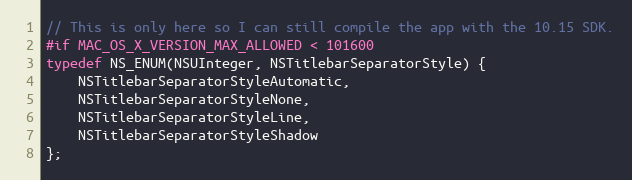
Language: C
// This is only here so I can still compile the app with the 10.15 SDK.
#if MAC_OS_X_VERSION_MAX_ALLOWED < 101600
typedef NS_ENUM(NSUInteger, NSTitlebarSeparatorStyle) {
    NSTitlebarSeparatorStyleAutomatic,
    NSTitlebarSeparatorStyleNone,
    NSTitlebarSeparatorStyleLine,
    NSTitlebarSeparatorStyleShadow
};